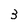
Character: 3